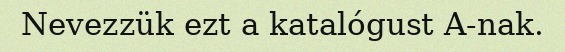
Nevezzük ezt a katalógust A-nak.